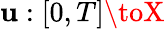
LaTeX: \mathbf{u}:[0,T]\toX